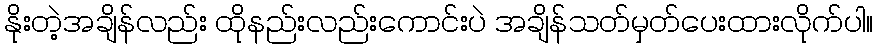
နိုးတဲ့အချိန်လည်း ထိုနည်းလည်းကောင်းပဲ အချိန်သတ်မှတ်ပေးထားလိုက်ပါ။